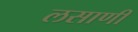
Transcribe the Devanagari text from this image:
लसाणी